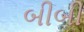
બીબી